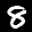
Label: 8